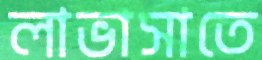
লাভাসাতে